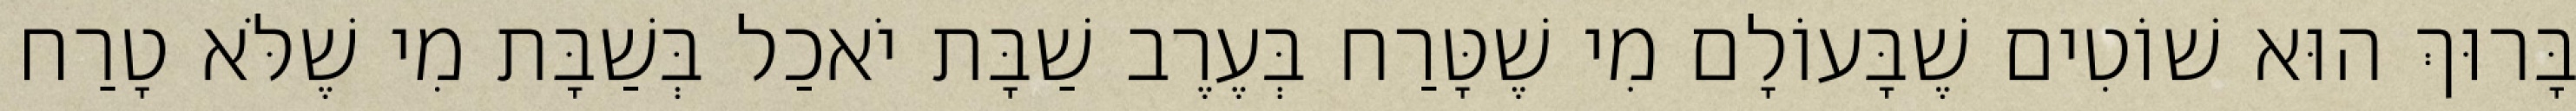
בָּרוּךְ הוּא שׁוֹטִים שֶׁבָּעוֹלָם מִי שֶׁטָּרַח בְּעֶרֶב שַׁבָּת יֹאכַל בְּשַׁבָּת מִי שֶׁלֹּא טָרַח